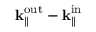
{ \bf k } _ { \parallel } ^ { \mathrm { o u t } } - { \bf k } _ { \parallel } ^ { \mathrm { i n } }